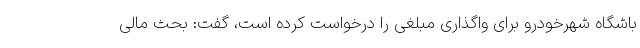
باشگاه شهرخودرو برای واگذاری مبلغی را درخواست کرده است، گفت: بحث مالی